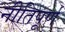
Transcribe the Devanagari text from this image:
नीतिपूर्ण